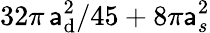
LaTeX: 32\pi\, \mathsf{a}_{\mathrm{{d}}}^{2}/45+8\pi\mathsf{a}_{s}^{2}